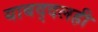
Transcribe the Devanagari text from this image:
याबद्दलही